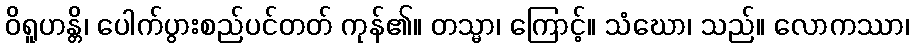
ဝိရူဟန္တိ၊ ပေါက်ပွားစည်ပင်တတ် ကုန်၏။ တသ္မာ၊ ကြောင့်။ သံဃော၊ သည်။ လောကဿာ၊